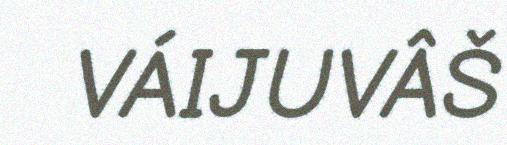
VÁIJUVÂŠ